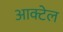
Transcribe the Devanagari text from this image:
आक्टेल